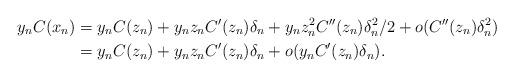
LaTeX: \begin{align*}y_nC(x_n)&= y_nC(z_n) + y_n z_nC'(z_n) \delta_n + y_nz_n^2C''(z_n)\delta_n^2/2 + o(C''(z_n)\delta_n^2) \\ &=y_nC(z_n) + y_n z_nC'(z_n) \delta_n+o(y_nC'(z_n)\delta_n).\end{align*}